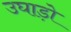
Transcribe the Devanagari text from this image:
उघाड़ो